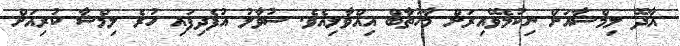
އާދޭ ލިމްޝާއަށް ނިކުމެވޭއިރަށް މާހުތާބް އިއްވާލިއެވެ. ސުވާލު އުފެދިފައި ހުރެ ލިމްޝާ ކުރިއަށް